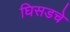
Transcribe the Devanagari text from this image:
घिसडचे